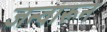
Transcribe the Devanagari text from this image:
जन्वारून